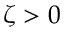
\zeta > 0